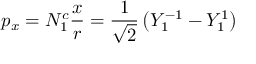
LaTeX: p _ { x } = N _ { 1 } ^ { c } { \frac { x } { r } } = { \frac { 1 } { \sqrt { 2 } } } \left( Y _ { 1 } ^ { - 1 } - Y _ { 1 } ^ { 1 } \right)